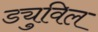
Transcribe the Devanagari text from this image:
ड्युविल